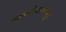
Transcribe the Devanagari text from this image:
खाजगीकरणामुळे